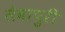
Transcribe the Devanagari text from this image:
सेवापुरी